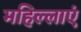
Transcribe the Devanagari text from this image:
महिल्लाएं